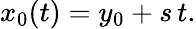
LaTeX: x_{0}(t)=y_{0}+s\, t.